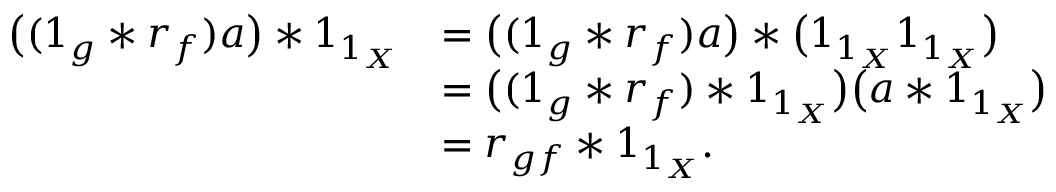
\begin{array} { r l } { \bigl ( ( 1 _ { g } * r _ { f } ) a \bigr ) * 1 _ { 1 _ { X } } } & { = \bigl ( ( 1 _ { g } * r _ { f } ) a \bigr ) * \bigl ( 1 _ { 1 _ { X } } 1 _ { 1 _ { X } } \bigr ) } \\ & { = \bigl ( ( 1 _ { g } * r _ { f } ) * 1 _ { 1 _ { X } } \bigr ) \bigl ( a * 1 _ { 1 _ { X } } \bigr ) } \\ & { = r _ { g f } * 1 _ { 1 _ { X } } . } \end{array}